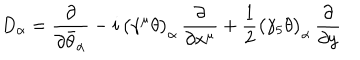
LaTeX: D _ { \alpha } = \frac { \partial } { \partial \bar { \theta } _ { \alpha } } - i \, \bigl ( \gamma ^ { \mu } \theta \bigr ) _ { \alpha } \, \frac { \partial } { \partial x ^ { \mu } } + \frac { 1 } { 2 } \bigl ( \gamma _ { 5 } \theta \bigr ) _ { \alpha } \, \frac { \partial } { \partial y }